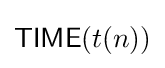
{\mathsf {TIME}}(t(n))